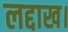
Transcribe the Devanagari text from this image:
लद्दाख।